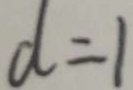
d = 1